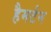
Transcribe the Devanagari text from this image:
हैमर्टन